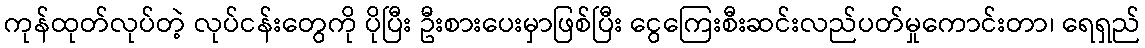
ကုန်ထုတ်လုပ်တဲ့ လုပ်ငန်းတွေကို ပိုပြီး ဦးစားပေးမှာဖြစ်ပြီး ငွေကြေးစီးဆင်းလည်ပတ်မှုကောင်းတာ၊ ရေရှည်